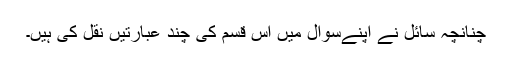
چنانچہ سائل نے اپنےسوال میں اس قسم کی چند عبارتیں نقل کی ہیں۔